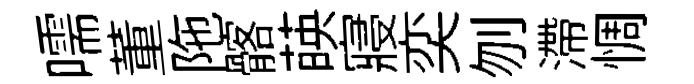
嚅董陁髂𦴤寢奕刎滯惆